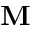
\textbf { M }